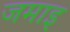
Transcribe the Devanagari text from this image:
जमाइ